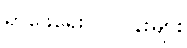
ရှာဖွေရေးလုပ်ငန်းများ